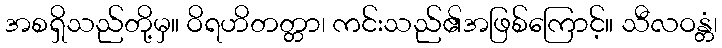
အစရှိသည်တို့မှ။ ဝိရဟိတတ္တာ၊ ကင်းသည်၏အဖြစ်ကြောင့်။ သီလဝန္တံ၊